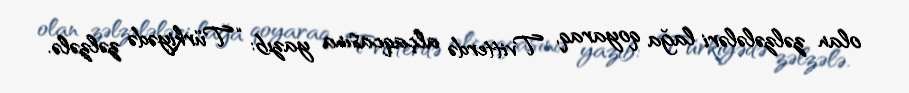
olan zəlzələləri lağa qoyaraq, Tvitterdə alçaqcasına yazıb: “Türkiyədə zəlzələ.